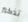
تذكير